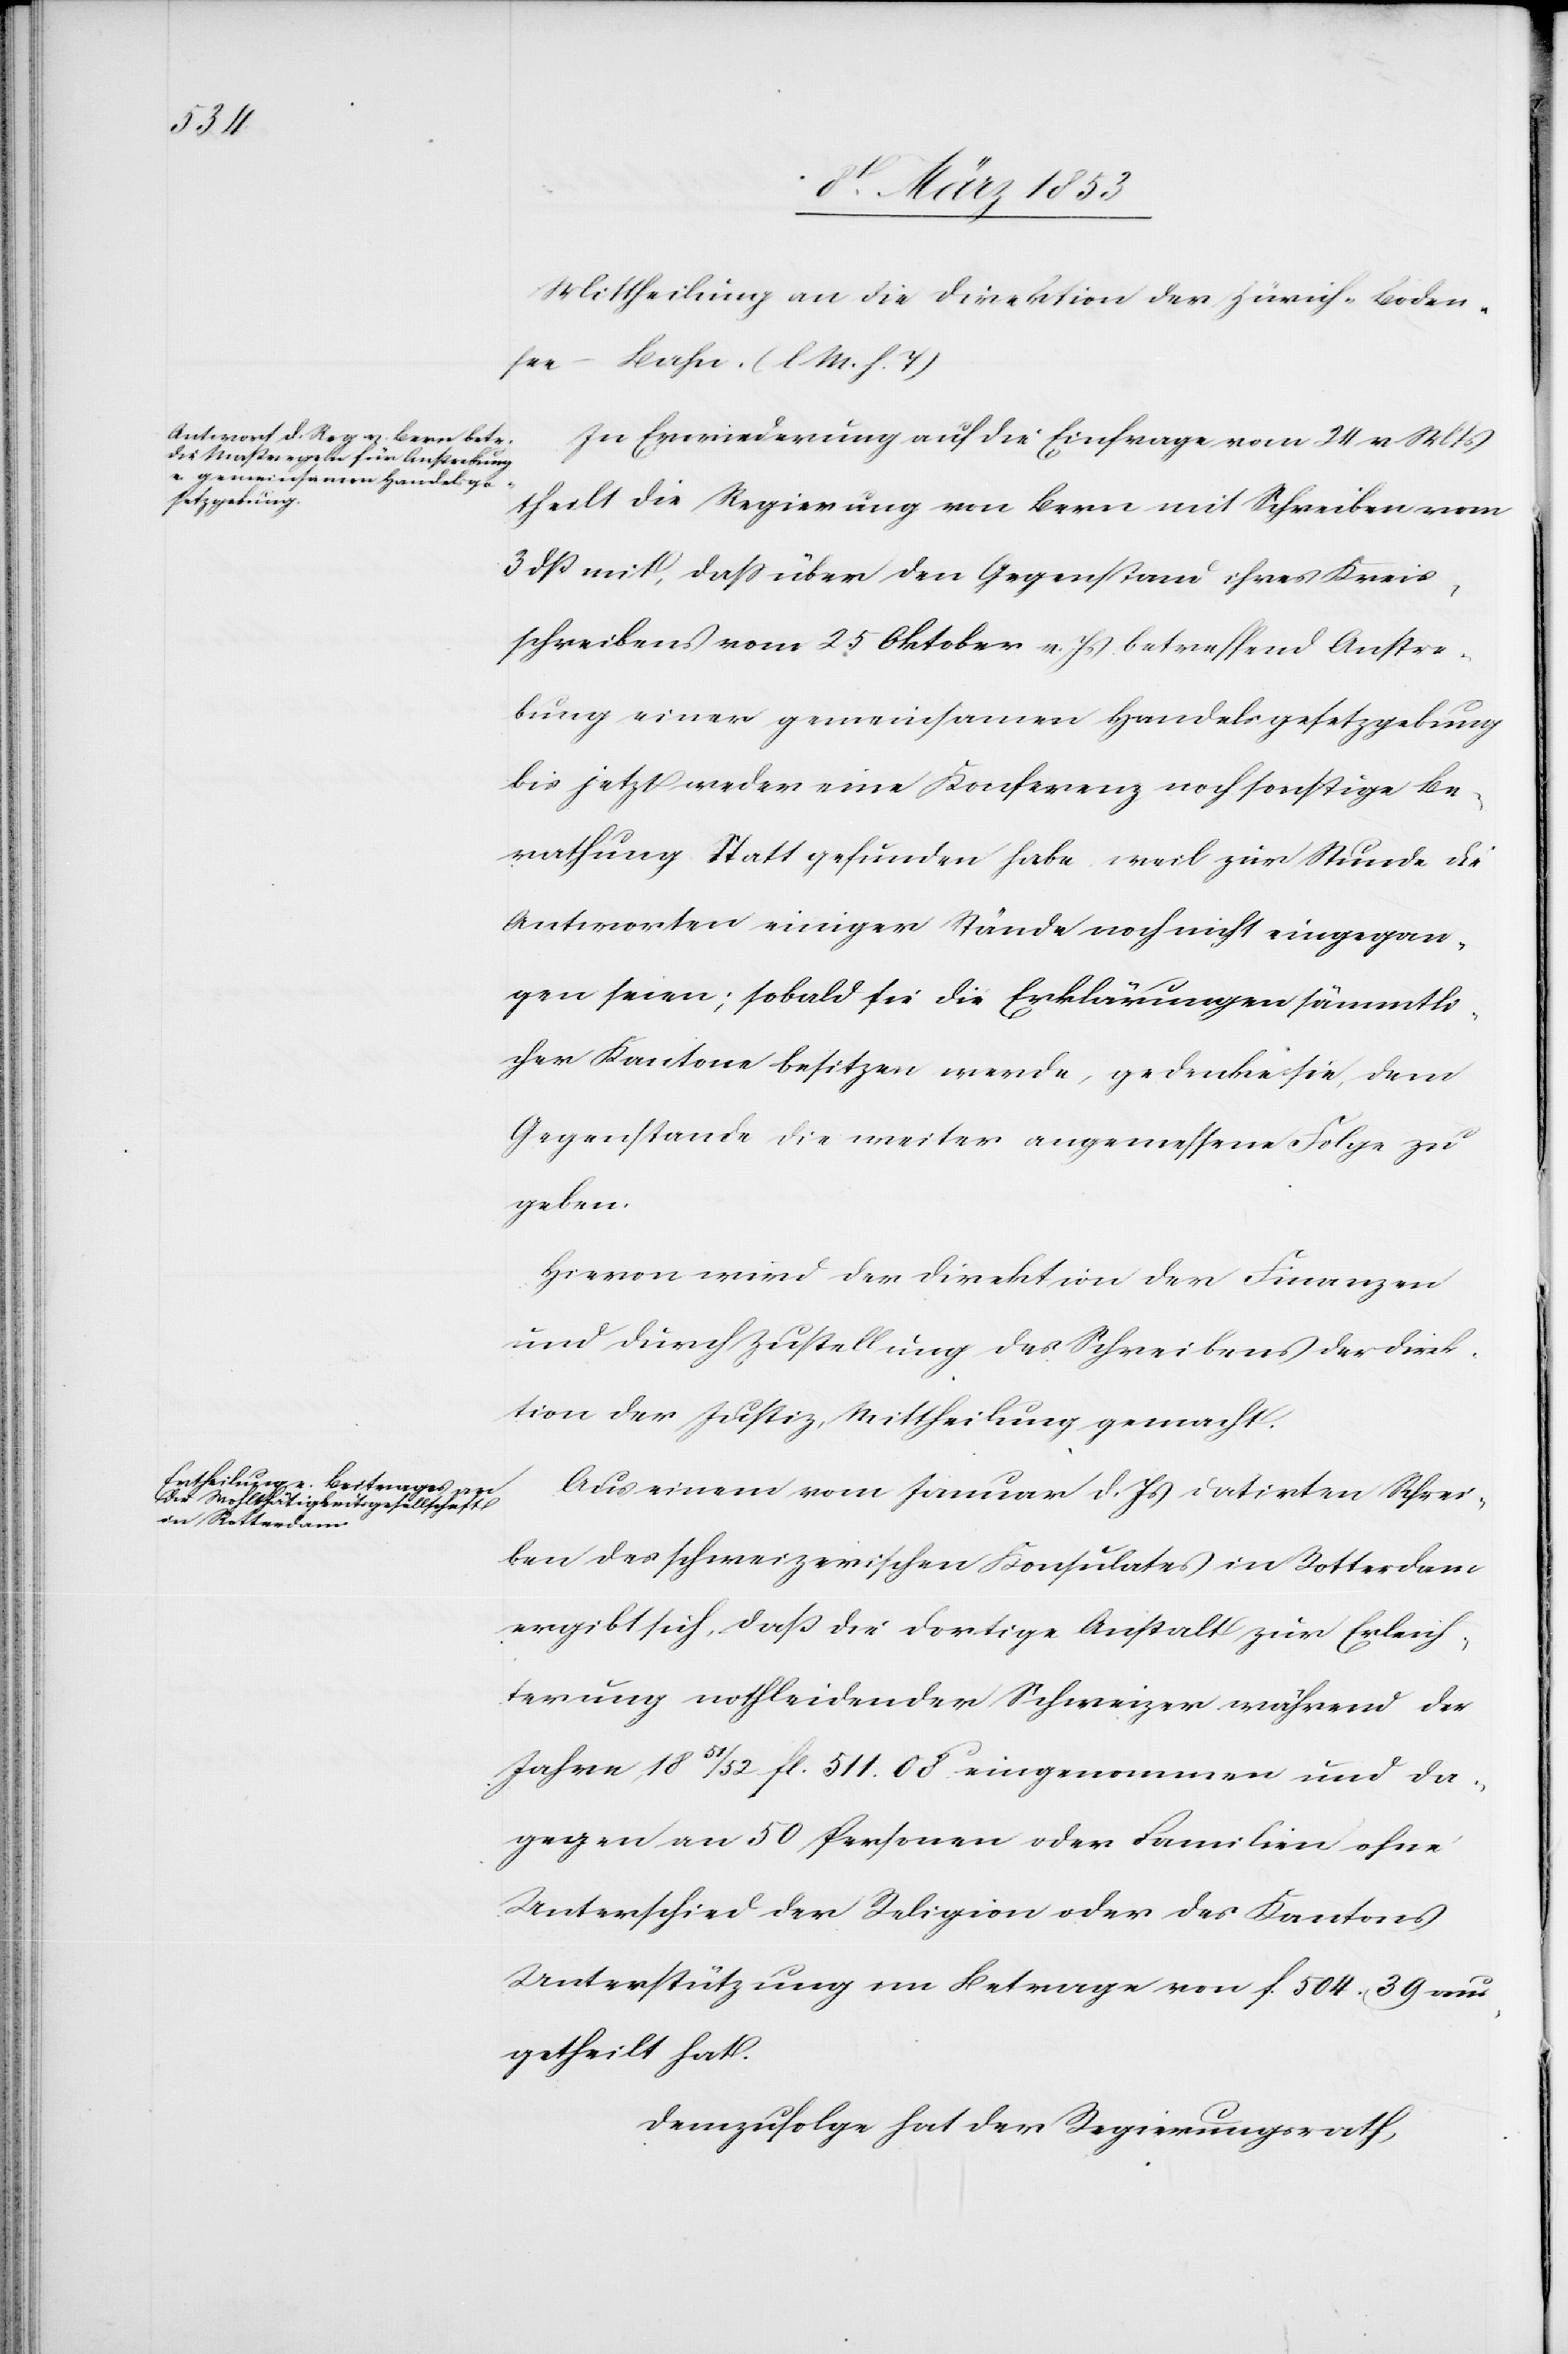
Mittheilung an die Direktion der Zürich-Boden¬
see-Bahn. [l. M. h. T]
In Erinnerung auf die Einfrage vom 24 v. Mts.
theilt die Regierung von Bern mit Schreiben vom
3 dß mit, daß über den Gegenstand ihres Kreis¬
schreibens vom 25 Oktober v. Js. betreffend Anstre¬
bung einer gemeinsamen Handelsgesetzgebung
bis jetzt weder eine Konferenz noch sonstige Be¬
rathung Statt gefunden habe weil zur Stunde die
Antworten einiger Stände noch nicht eingegan¬
gen seien; sobald sie die Erklärungen sämmtli¬
cher Kantone besitzen werde, gedenke sie, dem
Gegenstande die weiter angemessene Folge zu
geben.
Hievon wird der Direktion der Finanzen
und durch Zustellung des Schreibens der Direk¬
tion der Justiz, Mittheilung gemacht.
Aus einem vom Januar d. Js. datirten Schrei¬
ben des schweizerischen Konsulates in Rotterdam
ergibt sich, daß die dortige Anstalt zur Erleich¬
terung nothleidender Schweizer während der
Jahre 1851/52 fl. 511. 08 eingenommen und da¬
gegen an 50 Personen oder Familien ohne
Unterschied der Religion oder des Kantons
Unterstützung im Betrage von f. 504. 39 aus¬
getheilt hat.
Demzufolge hat der Regierungsrath,